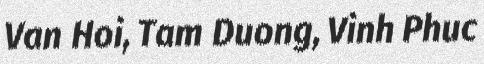
Van Hoi, Tam Duong, Vinh Phuc